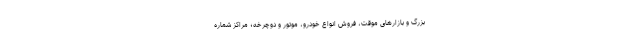
بزرگ و بازارهای موقت، فروش انواع خودرو، موتور و دوچرخه؛ مراکز شماره